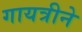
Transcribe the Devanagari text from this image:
गायत्रीने